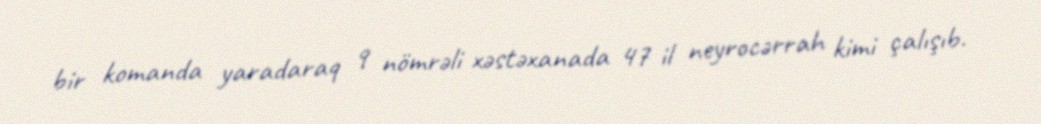
bir komanda yaradaraq 9 nömrəli xəstəxanada 47 il neyrocərrah kimi çalışıb.